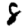
Digit: 8